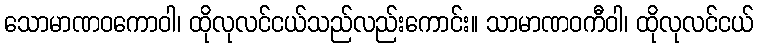
သောမာဏဝကောဝါ၊ ထိုလုလင်ငယ်သည်လည်းကောင်း။ သာမာဏဝကီဝါ၊ ထိုလုလင်ငယ်